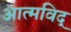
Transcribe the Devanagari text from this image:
आत्मविद्